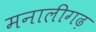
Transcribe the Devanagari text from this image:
मनालीगढ़